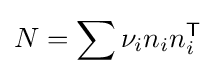
N=\sum \nu _{i}n_{i}n_{i}^{\textsf {T}}